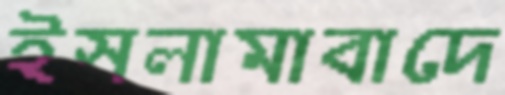
ইসলামাবাদে